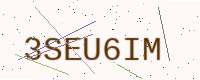
Text: 3SEU6IM